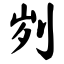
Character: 刿